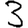
Digit: 3